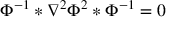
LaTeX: \Phi ^ { - 1 } * \nabla ^ { 2 } \Phi ^ { 2 } * \Phi ^ { - 1 } = 0